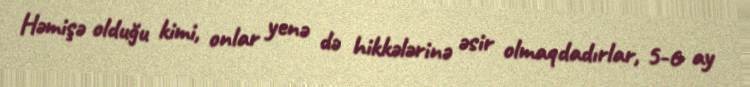
Həmişə olduğu kimi, onlar yenə də hikkələrinə əsir olmaqdadırlar, 5-6 ay